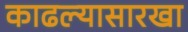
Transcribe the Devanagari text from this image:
काढल्यासारखा